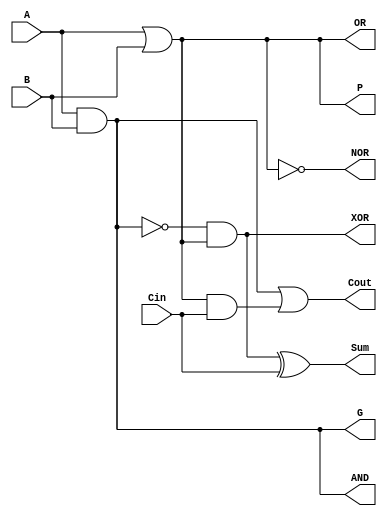
module alu_1(input  A,
             input  B,
             input  Cin,
             output Cout,
             output Sum,
             output P,
             output G,
             output AND,
             output OR,
             output XOR,
             output NOR);

    or  A_or_B (a_or_b,    A, B); // A or B
    not A_nor_B(a_nor_b, a_or_b); // A nor B
    and A_and_B(a_and_b,   A, B); // A and B
    not   A_not(a_not,        A);
    and    Less(less, a_not,  B); // not(A) && B

    buf (AND,  a_and_b);
    buf (OR,   a_or_b );
    buf (XOR,  a_xor_b);
    buf (NOR,  a_nor_b);
    //buf (LESS, less   );

    // A + B, FA
    not not_A_and_B(not_a_and_b, a_and_b); // ~(A and B)
    and A_xor_B(a_xor_b, not_a_and_b, a_or_b); // A xor B
    xor Sum_a_b_c(Sum, a_xor_b, Cin); // sum = (A xor B) xor Cin

    // CLL
    buf (P, a_or_b);  // Propagate
    buf (G, a_and_b); // Generate

    and(P_and_Cin, P, Cin);
    or(Cout, G, P_and_Cin); // Cout = g(i) + p(i)c(i)
    

endmodule